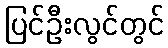
ပြင်ဦးလွင်တွင်